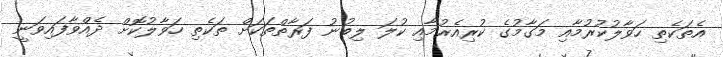
އެތަކެތި ހަވާލުކުރުމާއި މަގާމުގެ ކުރިއެރުމާއި ކުލަ ލިބުނު ފަރާތްތަކަށް ތަކެތި ހަވާލުކޮށް ދެއްވާފައިވަނީ